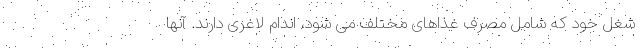
شغل خود که شامل مصرف غذاهای مختلف می شود، اندام لاغری دارند. آنها